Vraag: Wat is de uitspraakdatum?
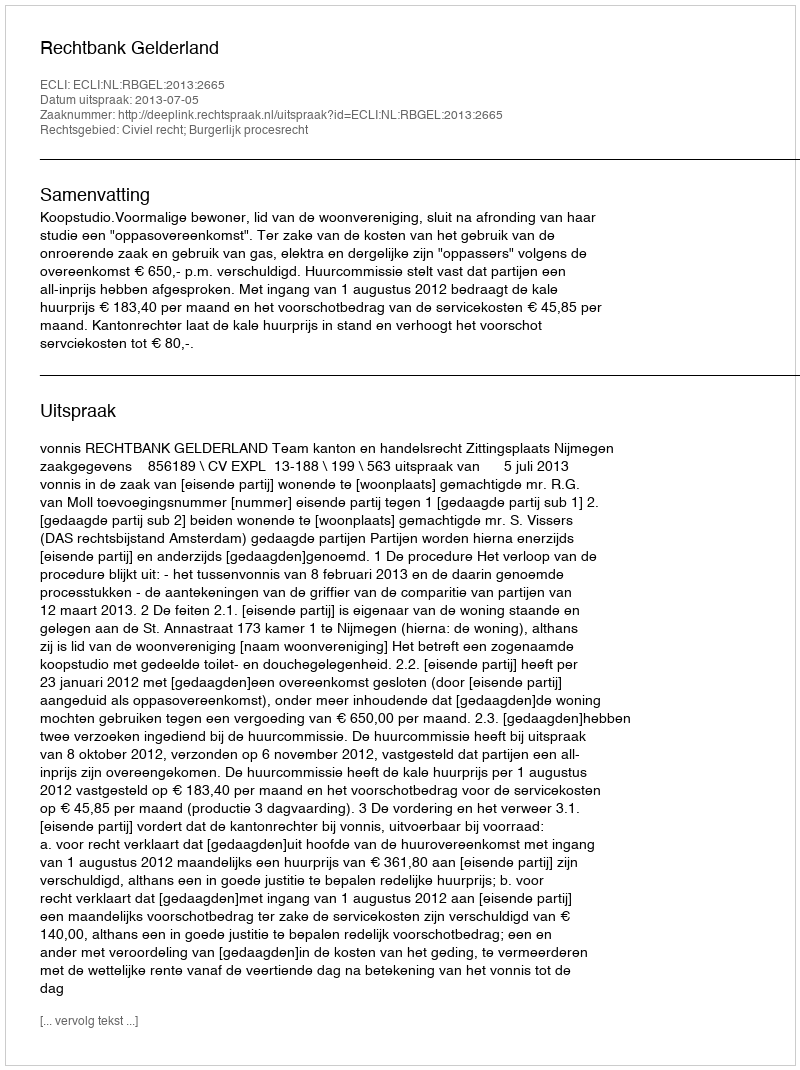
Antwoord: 2013-07-05